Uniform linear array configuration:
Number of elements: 12
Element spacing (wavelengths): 0.75
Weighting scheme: binomial
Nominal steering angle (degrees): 30
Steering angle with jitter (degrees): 29.258
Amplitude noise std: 0.05
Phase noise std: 0.05

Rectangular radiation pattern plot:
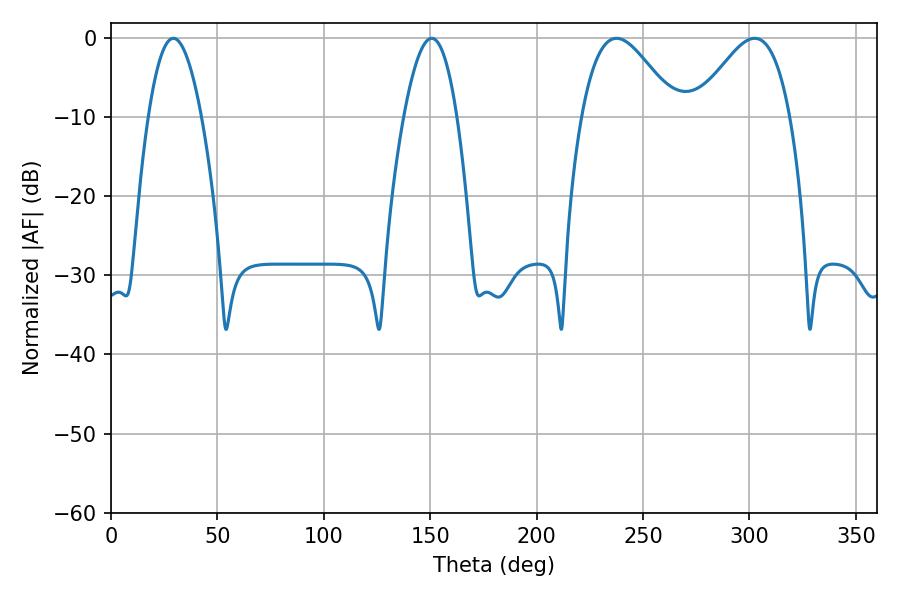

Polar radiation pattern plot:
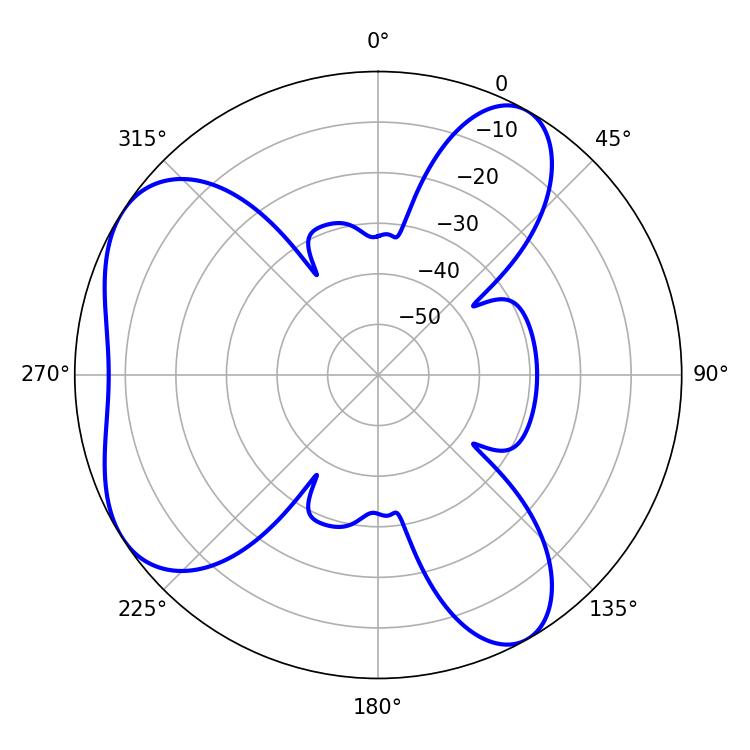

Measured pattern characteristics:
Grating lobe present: TRUE
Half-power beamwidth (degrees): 13.68
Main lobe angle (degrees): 29.34